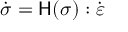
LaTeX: \, \, { \dot { \boldsymbol { \sigma } } } = { \mathsf { H } } ( { \boldsymbol { \sigma } } ) : { \dot { \boldsymbol { \varepsilon } } } \,